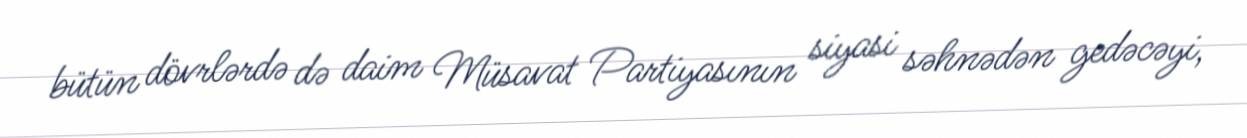
bütün dövrlərdə də daim Müsavat Partiyasının siyasi səhnədən gedəcəyi,